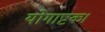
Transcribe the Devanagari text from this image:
योगाष्टक।